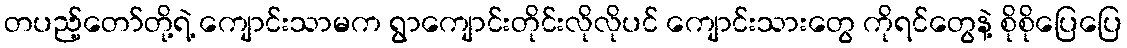
တပည့်တော်တို့ရဲ့ ကျောင်းသာမက ရွာကျောင်းတိုင်းလိုလိုပင် ကျောင်းသားတွေ ကိုရင်တွေနဲ့ စိုစိုပြေပြေ